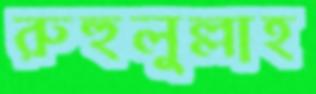
রুহুলুল্লাহ